Reports on military cantonments and civil stations in the Presidency of Bombay inspected by the Sanitary Commissioner in the years 1875 and 1876
Year: 1875
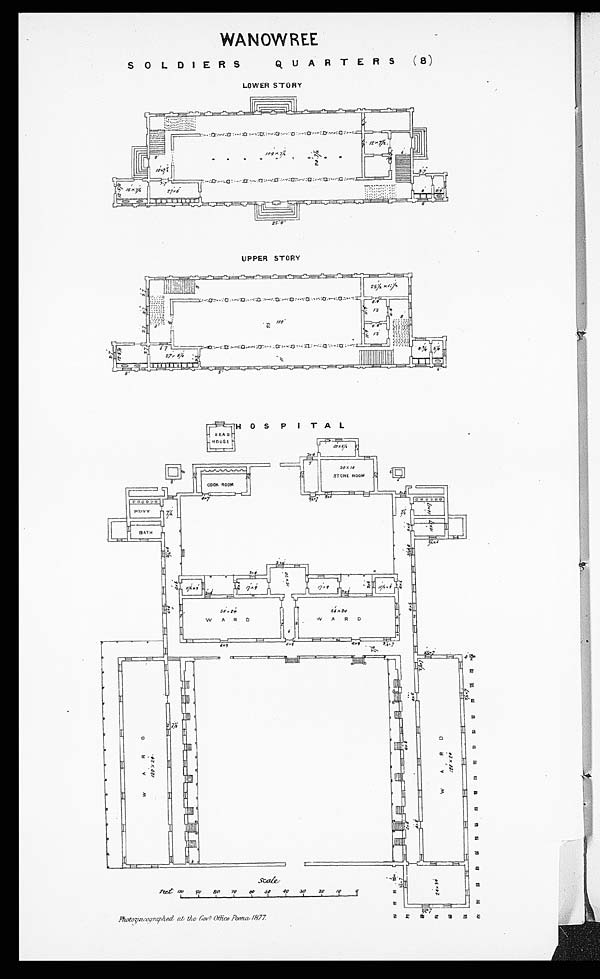
WANOWREE
SOLIDERS QUARTERS (8)
LOWER STORY
UPPER STORY